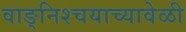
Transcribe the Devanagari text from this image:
वाङ्‌निश्चयाच्यावेळी